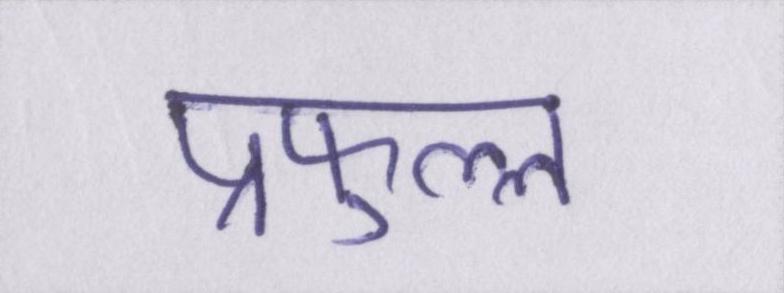
प्रफुल्ल